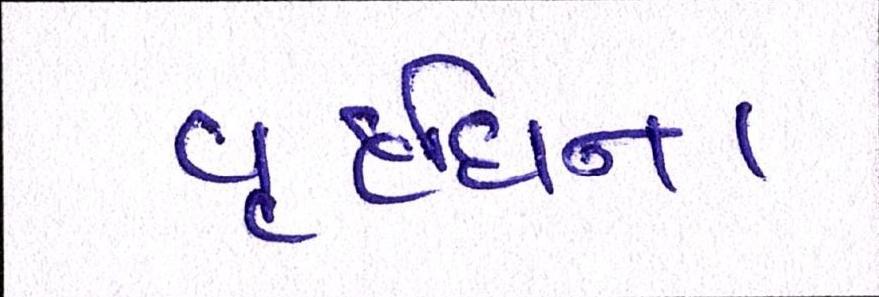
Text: વૃદ્ધિના